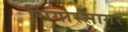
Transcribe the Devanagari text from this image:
सिंगारसागर